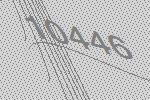
10446